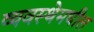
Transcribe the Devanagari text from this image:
व्यवस्थेमधील